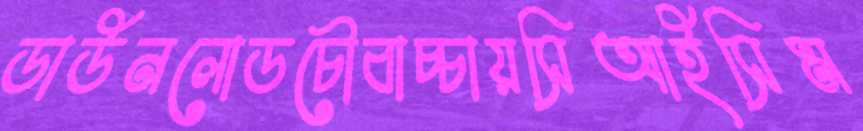
ডাউনলোডচৌবাচ্চায়সিআইসিম